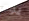
يوم